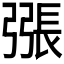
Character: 𢐘